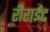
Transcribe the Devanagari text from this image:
रीराईट